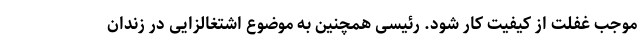
موجب غفلت از کیفیت کار شود. رئیسی همچنین به موضوع اشتغالزایی در زندان